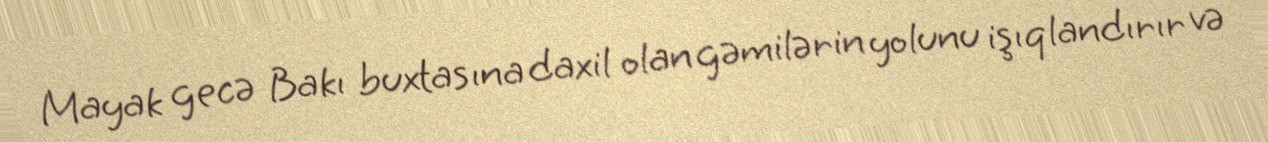
Mayak gecə Bakı buxtasına daxil olan gəmilərin yolunu işıqlandırır və